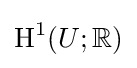
\operatorname {H} ^{1}(U;\mathbb {R} )